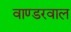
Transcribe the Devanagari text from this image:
वाण्डरवाल